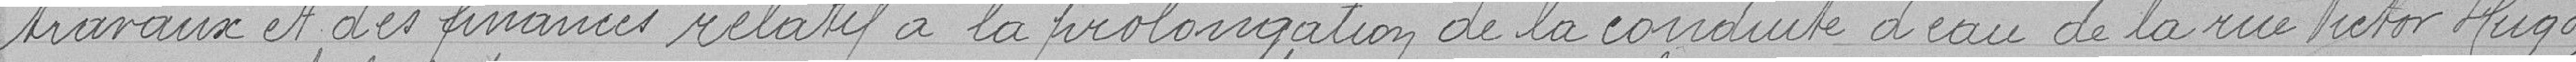
travaux et des finances relatif à la prolongation de la conduite d'eau de la rue Victor Hugo